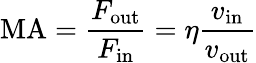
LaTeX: \mathrm{MA}={\frac{F_{\mathrm{out}}}{F_{\mathrm{in}}}}=\eta{\frac{v_{\mathrm{in}}}{v_{\mathrm{out}}}}